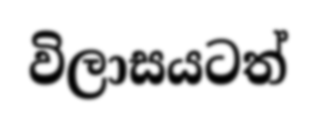
විලාසයටත්